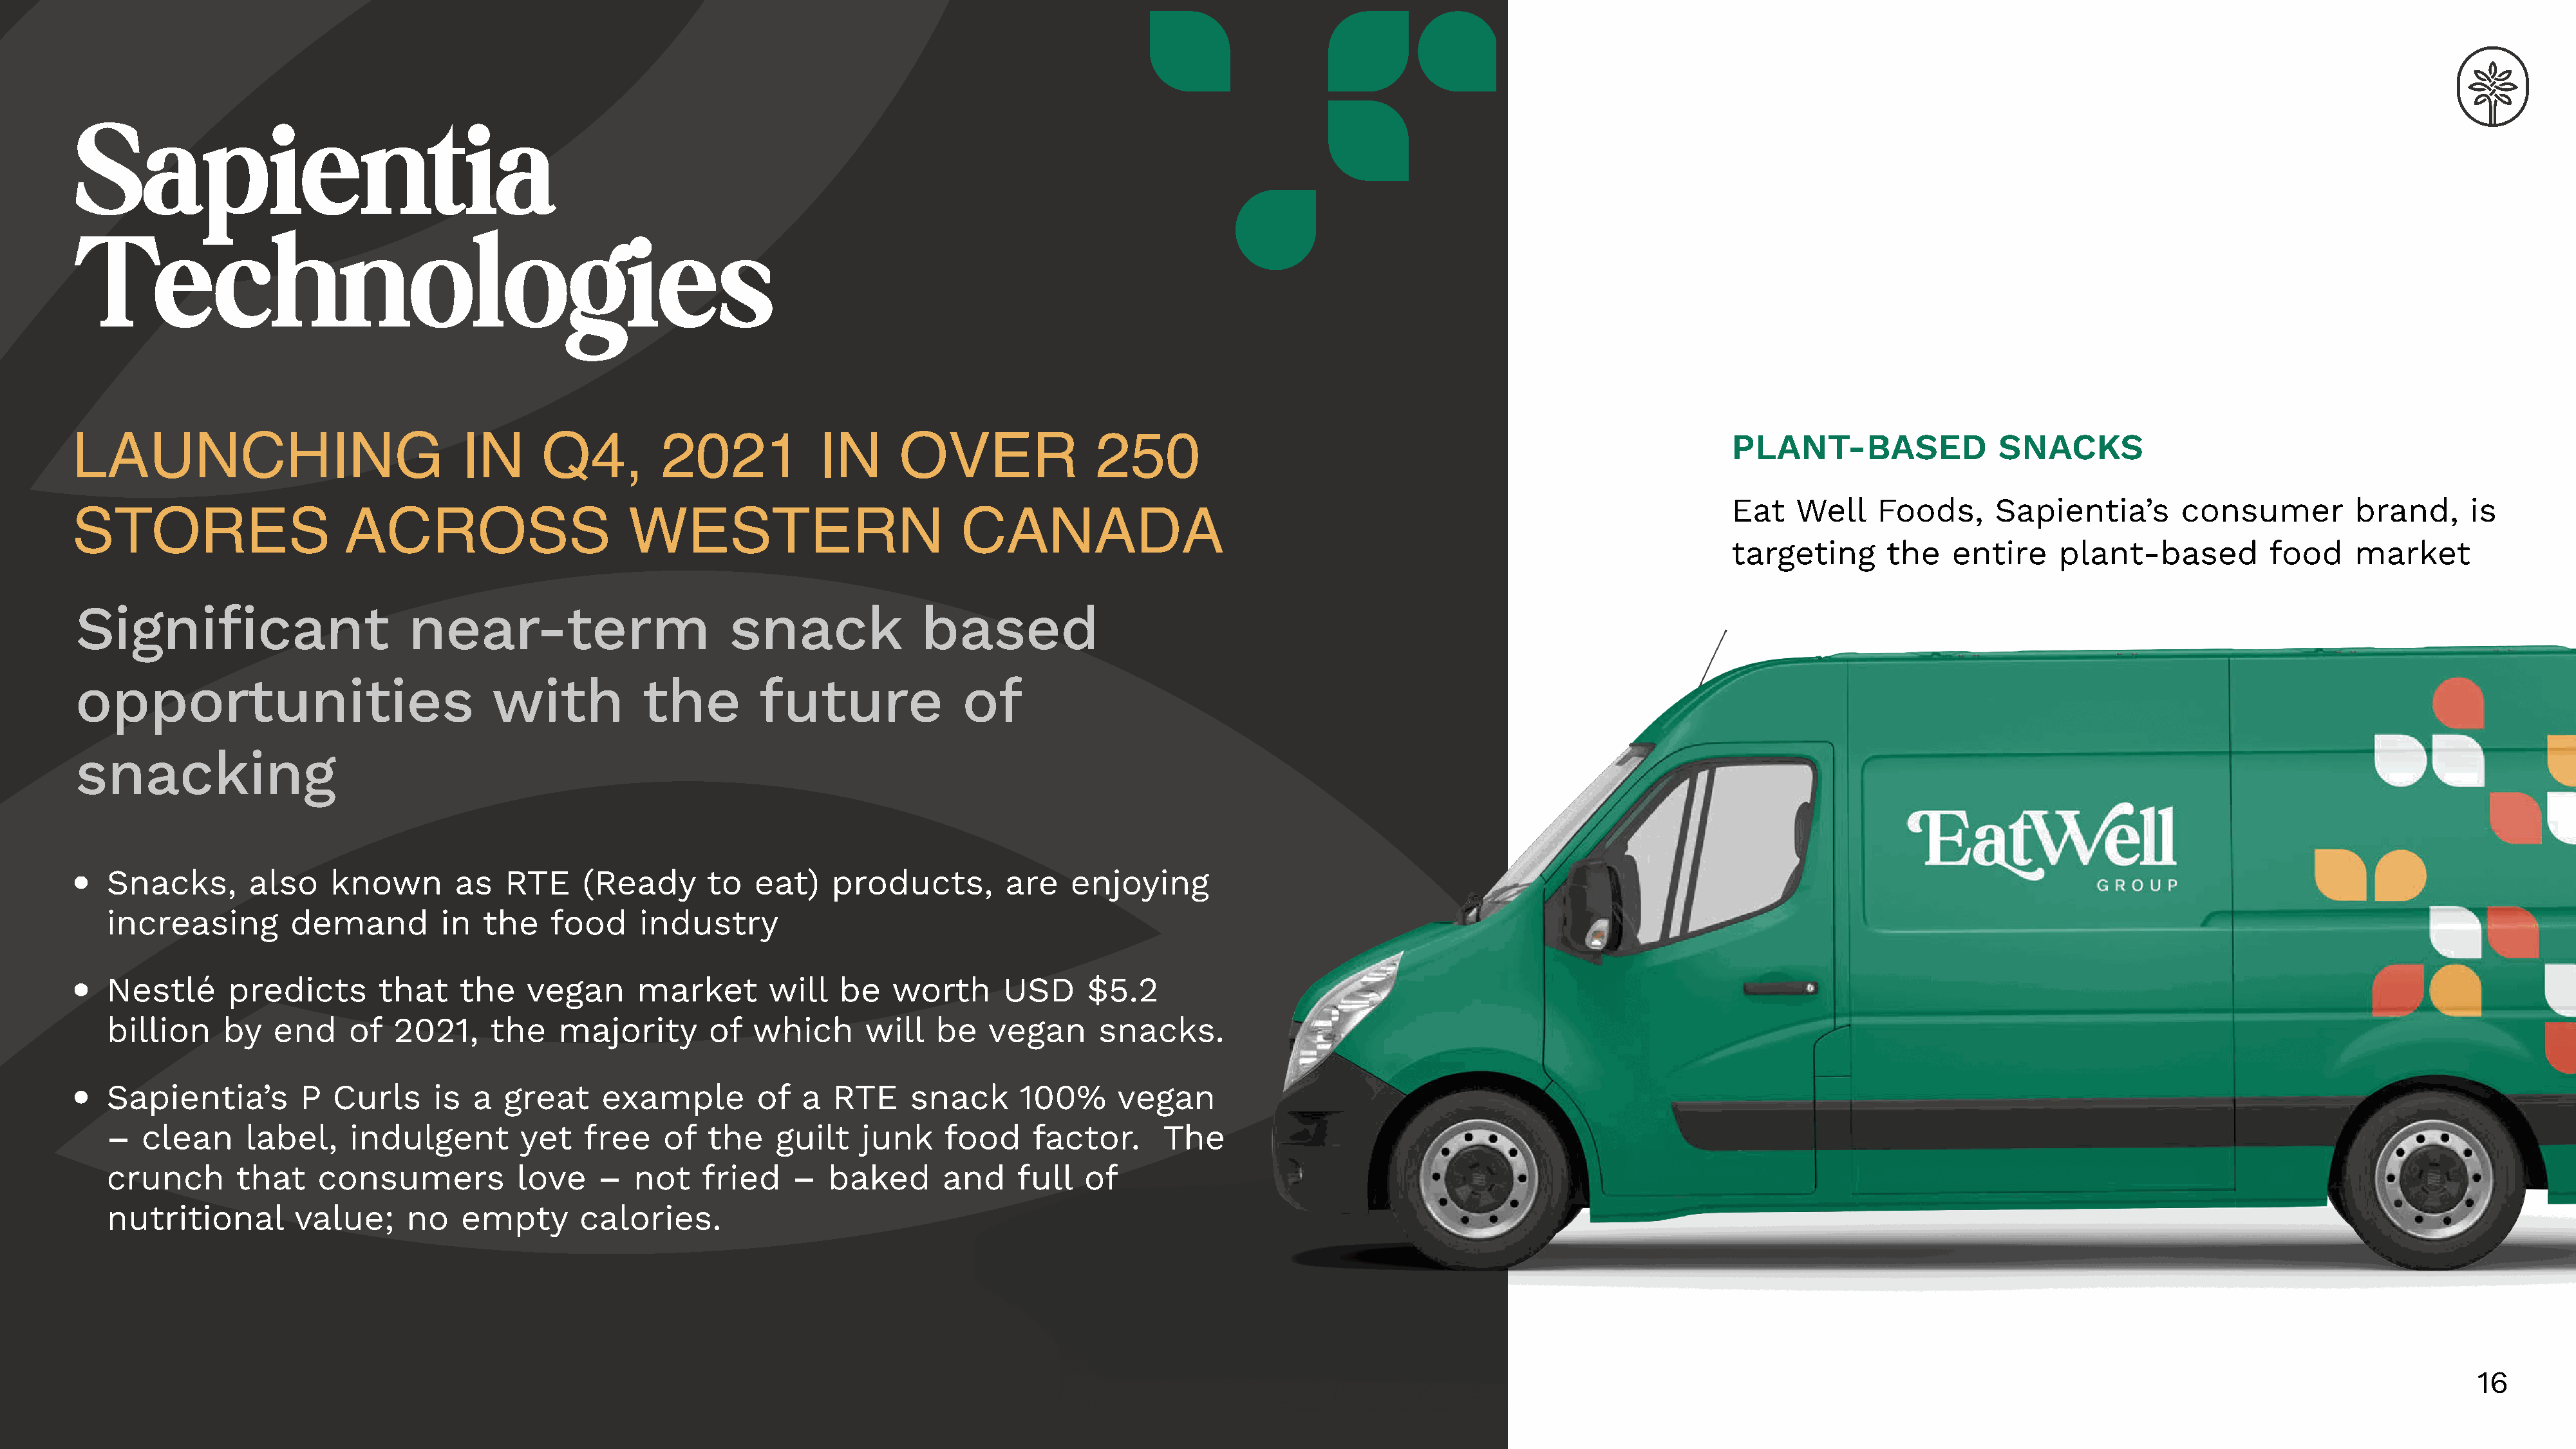
Sapientia
 Technologies
 LAUNCHING                               IN       Q4,         2021            IN      OVER                 250                                                              PLANT-BASED                SNACKS
 Eat    Well    Foods,      Sapientia’s        consumer          brand,      is
 STORES                      ACROSS                        WESTERN                           CANADA
 targeting       the    entire     plant-based          food     market
 Significant                       near-term                        snack               based
 opportunities                              with           the         future               of
 snacking
 •
 Snacks,        also    known        as   RTE     (Ready       to   eat)   products,         are    enjoying
 increasing         demand         in   the    food     industry
 •
 Nestlé      predicts        that    the    vegan      market        will   be    worth      USD      $5.2
 billion     by   end     of  2021,     the    majority        of  which       will   be    vegan      snacks.
 •
 Sapientia’s         P  Curls      is  a  great     example         of  a   RTE     snack      100%      vegan
 –   clean     label,     indulgent        yet    free    of   the    guilt    junk    food     factor.       The
 crunch       that     consumers           love     –  not    fried    –   baked       and     full  of
 nutritional        value;      no   empty        calories.
 16